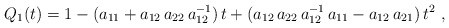
\begin{align*}Q_1(t) = 1 - (a_{11} + a_{12}\,a_{22}\,a_{12}^{-1})\,t + (a_{12}\,a_{22}\,a_{12}^{-1}\,a_{11} - a_{12}\,a_{21})\,t^2 \ ,\end{align*}